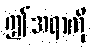
ဤအရာကို